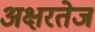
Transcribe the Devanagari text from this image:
अक्षरतेज